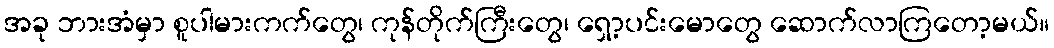
အခု ဘားအံမှာ စူပါမားကက်တွေ၊ ကုန်တိုက်ကြီးတွေ၊ ရှော့ပင်းမောတွေ ဆောက်လာကြတော့မယ်။